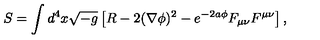
S = \int d ^ { 4 } x \sqrt { - g } \left[ R - 2 ( \nabla \phi ) ^ { 2 } - e ^ { - 2 a \phi } F _ { \mu \nu } F ^ { \mu \nu } \right] ,